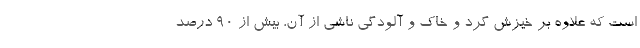
است که علاوه بر خیزش گرد و خاک و آلودگی ناشی از آن، بیش از ۹۰ درصد